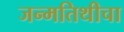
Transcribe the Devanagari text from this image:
जन्मतिथीचा